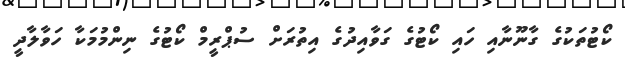
ކޯޓުތަކުގެ ގާނޫނާއި ހައި ކޯޓުގެ ގަވާއިދުގެ އިތުރަށް ސުޕްރީމް ކޯޓުގެ ނިންމުމަކާ ހަވާލާދީ